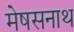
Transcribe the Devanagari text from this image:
मेषसनाथ